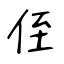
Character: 侄